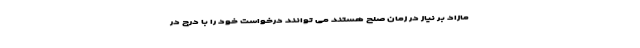
مازاد بر نیاز در زمان صلح هستند می توانند درخواست خود را با درج در